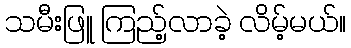
သမီးဖြူ ကြည့်လာခဲ့ လိမ့်မယ်။